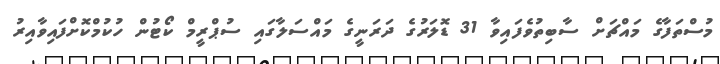
މުސްތަފާގެ މައްޗަށް ސާބިތުވެފައިވާ 31 ޑޮލަރުގެ ދަރަނީގެ މައްސަލާގައި ސުޕްރީމް ކޯޓުން ހުކުމްކޮށްފައިވާއިރު